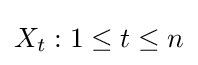
{X_{t}:1\leq t\leq n}